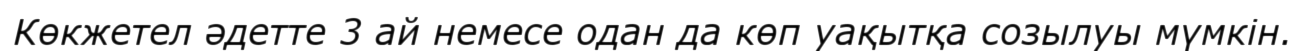
Көкжетел әдетте 3 ай немесе одан да көп уақытқа созылуы мүмкін.